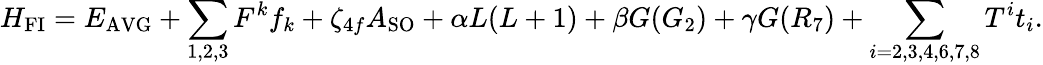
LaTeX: H_{\mathrm{FI}}=E_{\mathrm{AVG}}+\sum_{1,2,3}F^{k}f_{k}+\zeta_{4f}A_{\mathrm{SO}}+\alpha L(L+1)+\beta G(G_{2})+\gamma G(R_{7})+\sum_{i=2,3,4,6,7,8}T^{i}t_{i}.